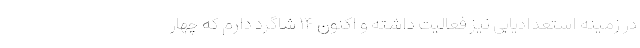
در زمینه استعدادیابی نیز فعالیت داشته و اکنون ۱۴ شاگرد دارم که چهار